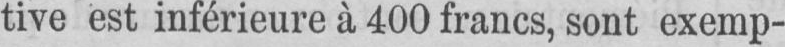
tive est inférieure à 400 francs, sont exemp-